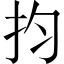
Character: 抣